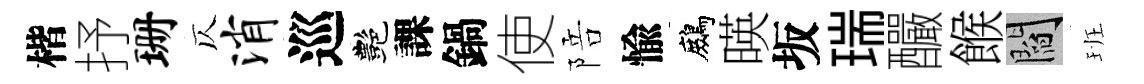
楷抒珊仄消巡艷課鍋使陪愉鷓暎坂瑞釅餱閻班